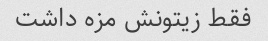
فقط زیتونش مزه داشت